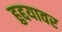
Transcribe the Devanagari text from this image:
हुद्दयावर